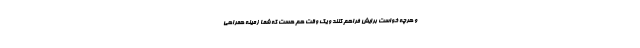
و هرچه خواست برایش فراهم کنند و یک وقت هم هست که شما زمینه همراهی